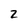
Character: Z